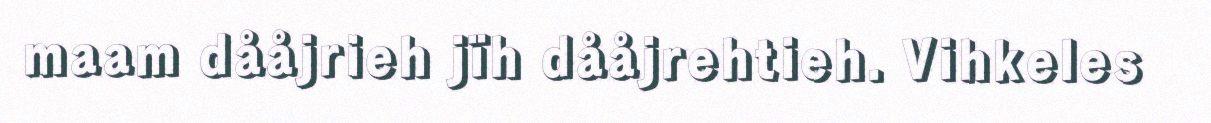
maam dååjrieh jïh dååjrehtieh. Vihkeles